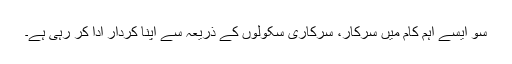
سو ایسے اہم کام میں سرکار، سرکاری سکولوں کے ذریعہ سے اپنا کردار ادا کر رہی ہے۔